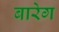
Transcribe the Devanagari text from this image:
बारेग